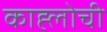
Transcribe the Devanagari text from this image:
काह्लोची